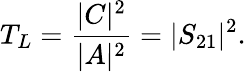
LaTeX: T_{L}={\frac{|C|^{2}}{|A|^{2}}}=|S_{21}|^{2}.